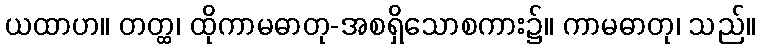
ယထာဟ။ တတ္ထ၊ ထိုကာမဓာတု-အစရှိသောစကား၌။ ကာမဓာတု၊ သည်။